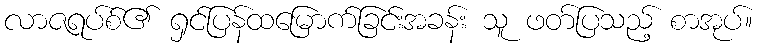
လာဇရပ်စ်၏ ရှင်ပြန်ထမြောက်ခြင်းအခန်း သူ ဖတ်ပြသည့် စာအုပ်။